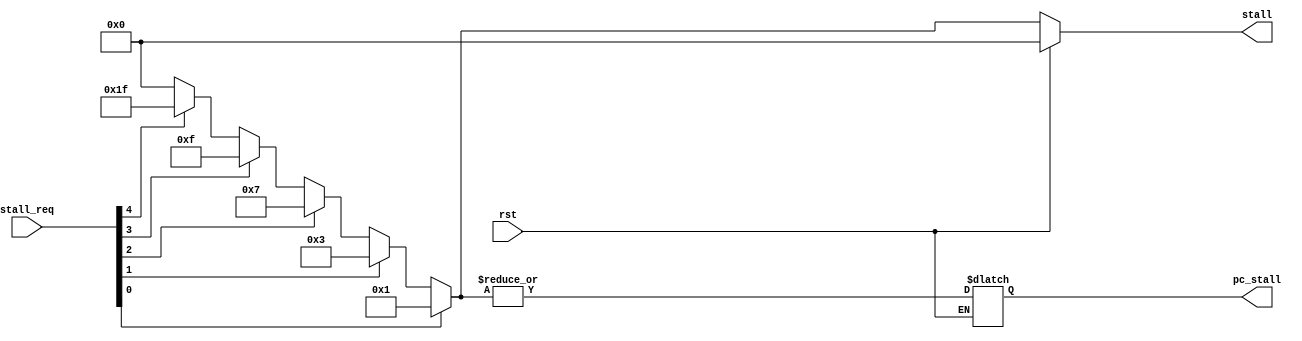
module pipeline_ctrl (
	input wire rst,
	input wire[4:0] stall_req,
	output reg[4:0] stall,
	output reg pc_stall
);

	always @ (*) begin

		if (rst == 1'b1) begin
			stall = 5'b00000;
		end else begin

			if (stall_req[0] == 1'b1) begin
				stall = 5'b00001;
			end else if (stall_req[1] == 1'b1) begin
				stall = 5'b00011;
			end else if (stall_req[2] == 1'b1) begin
				stall = 5'b00111;
			end else if (stall_req[3] == 1'b1) begin
				stall = 5'b01111;
			end else if (stall_req[4] == 1'b1) begin
				stall = 5'b11111;
			end else begin
				stall = 5'b00000;
			end
			pc_stall <= |stall;
		end
	end
endmodule